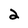
Character: 2